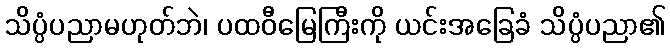
သိပ္ပံပညာမဟုတ်ဘဲ၊ ပထဝီမြေကြီးကို ယင်းအခြေခံ သိပ္ပံပညာ၏